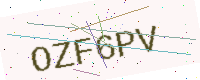
Text: OZF6PV